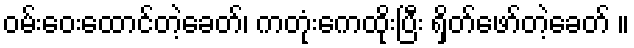
ဝမ်းဝေးထောင်တဲ့ခေတ်၊ ကတုံးကေထိုးပြီး ရှိတ်ဖော်တဲ့ခေတ် ။